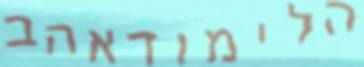
הלימודאהב